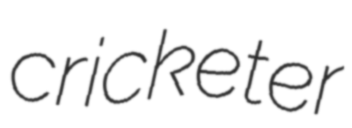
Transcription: cricketer